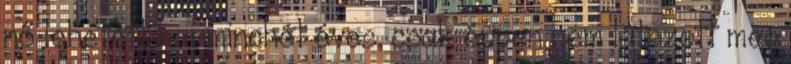
nő lehetett harminchét éves, csak éppen nem látszott meg